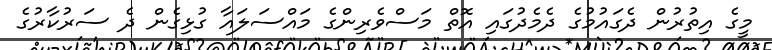
މީގެ އިތުރުން ދެގައުމުގެ ދެމެދުގައި އޮތް މަސްވެރިންގެ މައްސަލައާ ގުޅިގެން ދެ ސަރުކާރުގެ